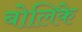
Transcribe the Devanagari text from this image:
बोलिके